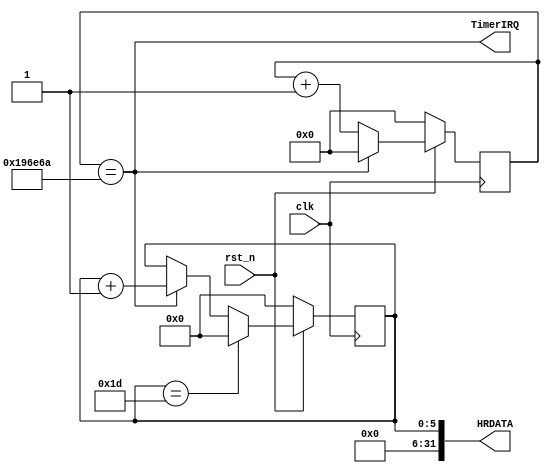
module Timer #(parameter hiFq = 0) (input wire        clk,rst_n,
                                    output wire[31:0] HRDATA,
                                    output wire       TimerIRQ);

    localparam Count_30 = 21'd1_666_666;
    localparam Count_60 =   21'd833_332;
    reg[20:0] count;
    reg[5:0]  fpsCount;
    wire[20:0] count_num;

    always @(posedge clk) begin
        if(!rst_n)begin
            count <= 21'd0;
        end
        else begin
            if(count == count_num)begin
                count <= 21'd0;
            end
            else begin
                count <= count + 1'b1;
            end
        end
    end

    always @(posedge clk) begin
        if(!rst_n)begin
            fpsCount <= 6'd0;
        end
        else begin
            if(fpsCount == (hiFq?6'd59:6'd29))begin
                fpsCount <= 6'd0;
            end
            else if(count == count_num)begin
                fpsCount <= fpsCount + 1'b1;
            end
        end
    end

    assign count_num = hiFq?Count_60:Count_30;
    assign HRDATA    = {26'b0,fpsCount};
    assign TimerIRQ  = count == count_num;

endmodule